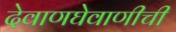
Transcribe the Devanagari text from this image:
देवाणघेवाणीची